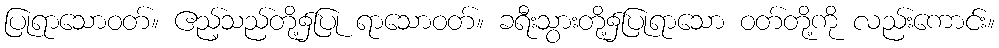
ပြုရာသောဝတ်။ ဧည့်သည်တို့၌ပြု ရာသောဝတ်။ ခရီးသွားတို့၌ပြုရာသော ဝတ်တို့ကို လည်းကောင်း။